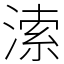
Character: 溹